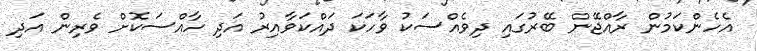
އެހެންކަމުން ރާއްޖޭން ބޭރުގައި ދިވެއްސަކު ވާހަކަ ދައްކަވާއިރު އަދި ހާއްސަކޮށް ވެރިން އަދި